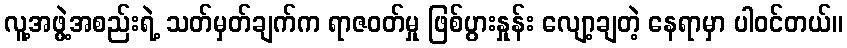
လူ့အဖွဲ့အစည်းရဲ့ သတ်မှတ်ချက်က ရာဇဝတ်မှု ဖြစ်ပွားနှုန်း လျော့ချတဲ့ နေရာမှာ ပါဝင်တယ်။